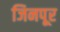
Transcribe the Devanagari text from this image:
जिनपूर